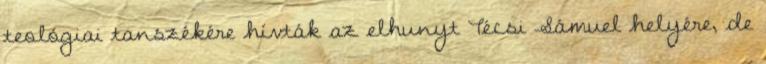
teológiai tanszékére hívták az elhunyt Técsi Sámuel helyére, de